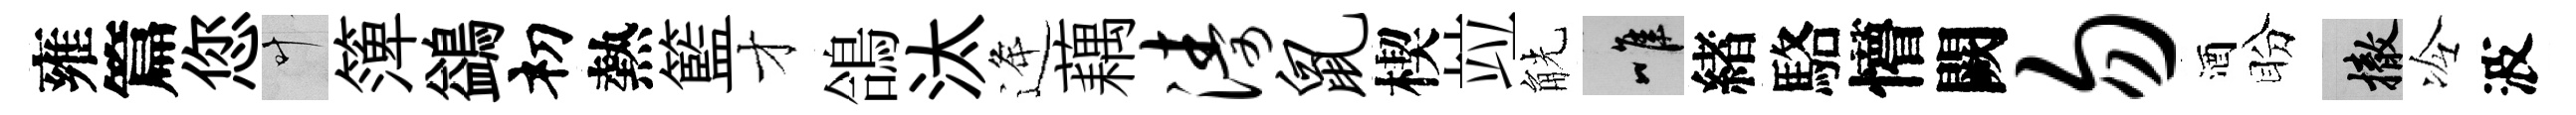
雍篇您叶𥱼鷁𥘉熱籃才鴿汰逄藕涛鼠楔竝觥唯緖駱懵闕勿酒盼撤冷波